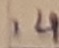
Text: 14